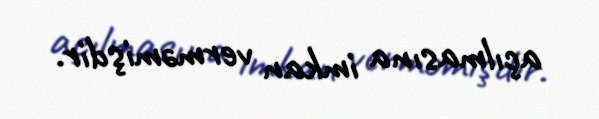
açılmasına imkan verməmişdir.